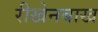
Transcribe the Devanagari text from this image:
रीखेनबाख